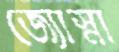
জ্যোস্না